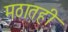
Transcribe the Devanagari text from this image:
मठातही